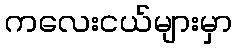
ကလေးငယ်များမှာ